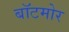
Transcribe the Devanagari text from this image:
बॉटमोर